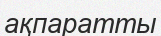
ақпаратты